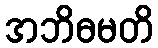
အဘိဓမတိ